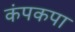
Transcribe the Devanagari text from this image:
कंपकपा